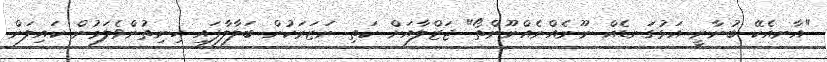
"އާނއެކޭ ބުނާނީ އަޅުގަނޑެއް ނޫނެއްނެއްނޫންތޯ" ޖަޒްލާއަށް ކަތި ނަޒަރަކުން ބަލާލާފައި ހިނިތުންވެލަމުން ކައިލަން